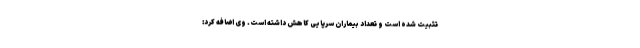
تثبیت شده است و تعداد بیماران سرپایی کاهش داشته است. وی اضافه کرد: